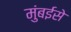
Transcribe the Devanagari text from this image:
मुंबईसे